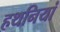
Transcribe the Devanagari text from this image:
हथनियां